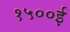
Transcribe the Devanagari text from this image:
१५००ई